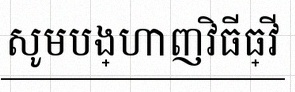
សូមបង្ហាញវិធីធ្វើ